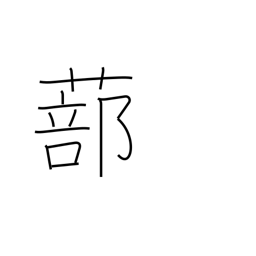
Meaning: latticed shutters